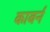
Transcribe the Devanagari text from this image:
काबर्न